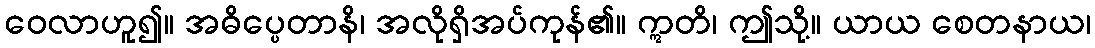
ဝေလာဟူ၍။ အဓိပ္ပေတာနိ၊ အလိုရှိအပ်ကုန်၏။ ဣတိ၊ ဤသို့။ ယာယ စေတနာယ၊